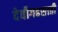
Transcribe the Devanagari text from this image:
देवीगढसाठी